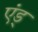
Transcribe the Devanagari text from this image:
एंड्